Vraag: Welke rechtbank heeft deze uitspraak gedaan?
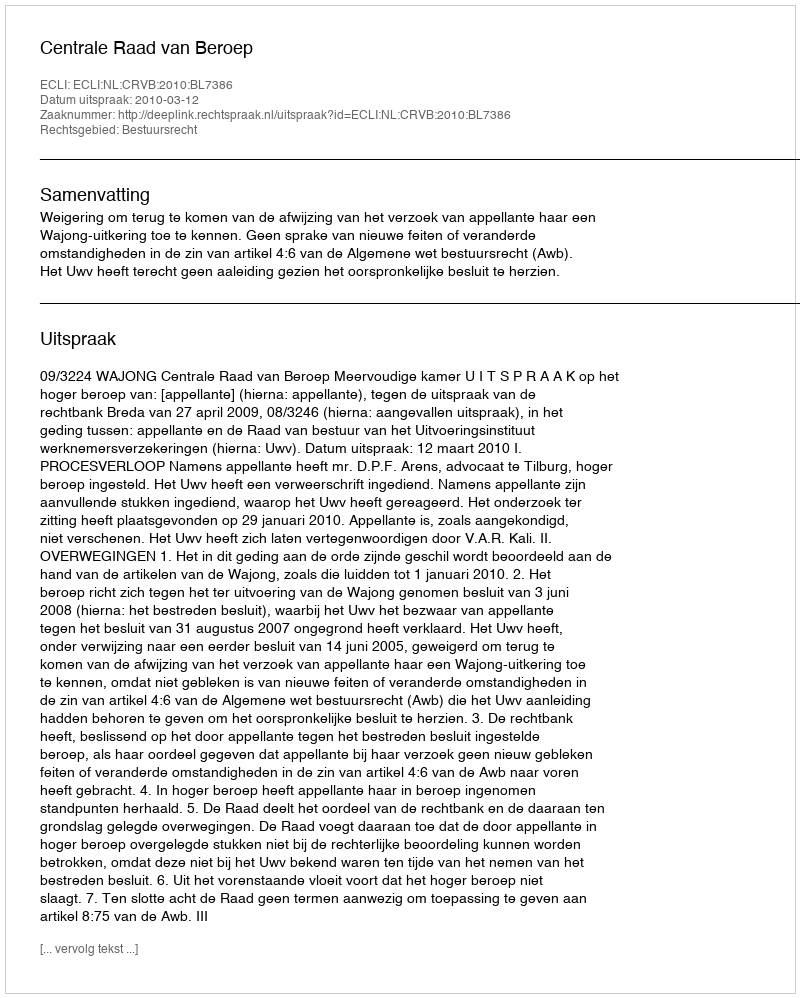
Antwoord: Centrale Raad van Beroep